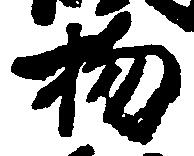
物